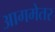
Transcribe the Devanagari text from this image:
आगमेतर